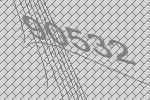
90532